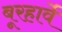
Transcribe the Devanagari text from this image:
बूरहार्वे